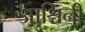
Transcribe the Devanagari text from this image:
आश्चिनी